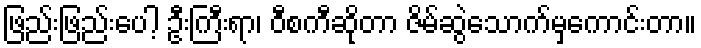
ဖြည်းဖြည်းပေါ့ ဦးကြီးရာ၊ ဝီစကီဆိုတာ ဇိမ်ဆွဲသောက်မှကောင်းတာ။